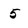
Character: 5